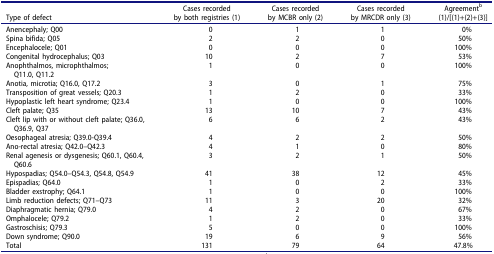
<table><thead><tr><td><b>Type of defect</b></td><td><b>Cases recordedby both registries (1)</b></td><td><b>Cases recordedby MCBR only (2)</b></td><td><b>Cases recordedby MRCDR only (3)</b></td><td><b>Agreement<sup>b</sup>(1)/[(1)+(2)+(3)]</b></td></tr></thead><tbody><tr><td>Anencephaly; Q00</td><td>0</td><td>1</td><td>1</td><td>0%</td></tr><tr><td>Spina bifida; Q05</td><td>2</td><td>2</td><td>0</td><td>50%</td></tr><tr><td>Encephalocele; Q01</td><td>0</td><td>0</td><td>0</td><td>100%</td></tr><tr><td>Congenital hydrocephalus; Q03</td><td>10</td><td>2</td><td>7</td><td>53%</td></tr><tr><td>Anophthalmos, microphthalmos;Q11.0, Q11.2</td><td>1</td><td>0</td><td>0</td><td>100%</td></tr><tr><td>Anotia, microtia; Q16.0, Q17.2</td><td>3</td><td>0</td><td>1</td><td>75%</td></tr><tr><td>Transposition of great vessels; Q20.3</td><td>1</td><td>2</td><td>0</td><td>33%</td></tr><tr><td>Hypoplastic left heart syndrome; Q23.4</td><td>1</td><td>0</td><td>0</td><td>100%</td></tr><tr><td>Cleft palate; Q35</td><td>13</td><td>10</td><td>7</td><td>43%</td></tr><tr><td>Cleft lip with or without cleft palate; Q36.0, Q36.9, Q37</td><td>6</td><td>6</td><td>2</td><td>43%</td></tr><tr><td>Oesophageal atresia; Q39.0-Q39.4</td><td>4</td><td>2</td><td>2</td><td>50%</td></tr><tr><td>Ano-rectal atresia; Q42.0–Q42.3</td><td>4</td><td>1</td><td>0</td><td>80%</td></tr><tr><td>Renal agenesis or dysgenesis; Q60.1, Q60.4, Q60.6</td><td>3</td><td>2</td><td>1</td><td>50%</td></tr><tr><td>Hypospadias; Q54.0–Q54.3, Q54.8, Q54.9</td><td>41</td><td>38</td><td>12</td><td>45%</td></tr><tr><td>Epispadias; Q64.0</td><td>1</td><td>0</td><td>2</td><td>33%</td></tr><tr><td>Bladder exstrophy; Q64.1</td><td>1</td><td>0</td><td>0</td><td>100%</td></tr><tr><td>Limb reduction defects; Q71–Q73</td><td>11</td><td>3</td><td>20</td><td>32%</td></tr><tr><td>Diaphragmatic hernia; Q79.0</td><td>4</td><td>2</td><td>0</td><td>67%</td></tr><tr><td>Omphalocele; Q79.2</td><td>1</td><td>2</td><td>0</td><td>33%</td></tr><tr><td>Gastroschisis; Q79.3</td><td>5</td><td>0</td><td>0</td><td>100%</td></tr><tr><td>Down syndrome; Q90.0</td><td>19</td><td>6</td><td>9</td><td>56%</td></tr><tr><td>Total</td><td>131</td><td>79</td><td>64</td><td>47.8%</td></tr></tbody></table>